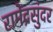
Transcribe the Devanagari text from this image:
रामेंद्रसुंदर